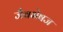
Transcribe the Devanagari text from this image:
जैवभेषज